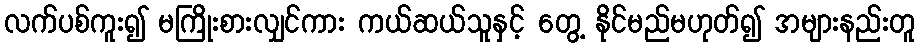
လက်ပစ်ကူး၍ မကြိုးစားလျှင်ကား ကယ်ဆယ်သူနှင့် တွေ့ နိုင်မည်မဟုတ်၍ အများနည်းတူ